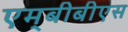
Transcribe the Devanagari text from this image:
एम्‌बीबीएस